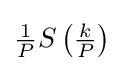
{\textstyle {\frac {1}{P}}S\left({\frac {k}{P}}\right)}